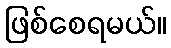
ဖြစ်စေရမယ်။